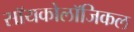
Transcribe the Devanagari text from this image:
सॉयकोलॉजिकल